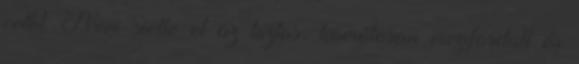
cetlit. Nem siette el az biztos, komótosan megfordult és